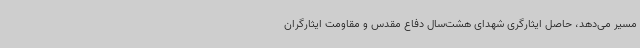
مسیر می‌دهد، حاصل ایثارگری شهدای هشت‌سال دفاع مقدس و مقاومت ایثارگران